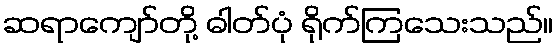
ဆရာကျော်တို့ ဓါတ်ပုံ ရိုက်ကြသေးသည်။